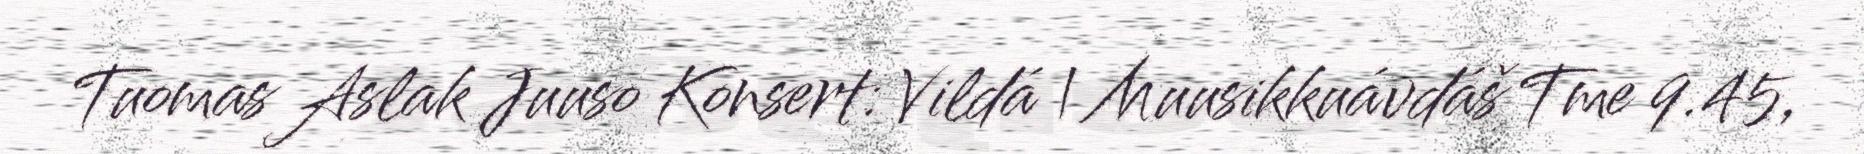
Tuomas Aslak Juuso Konsert: Vildá | Muusikkuávdáš Tme 9.45,